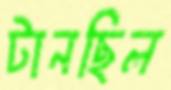
টানছিল